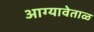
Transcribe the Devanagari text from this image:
आग्यावेताळ